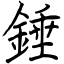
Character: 錘